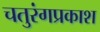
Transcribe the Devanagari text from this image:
चतुरंगप्रकाश